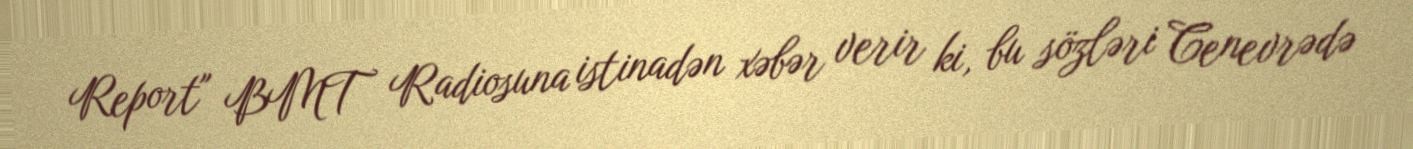
Report" BMT Radiosuna istinadən xəbər verir ki, bu sözləri Cenevrədə